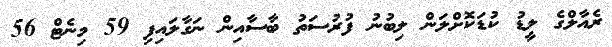
ރެއާލްގެ ލީޑު ކުޑަކޮށްލަން ލިބުނު ފުރުސަތު ބާސާއިން ނަގާލައިފި 59 މިނެޓް 56